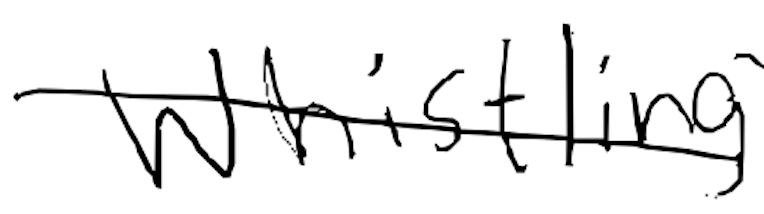
Text: whistling
Cross-out: diagonal
Writing tool: digital_black